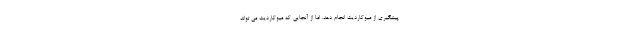
پیشگیری از میوکاردیت انجام دهد. اما از آنجایی که میوکاردیت می تواند